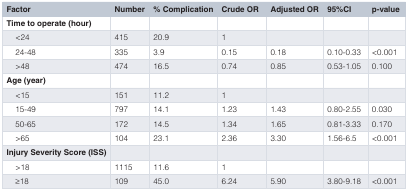
| Factor | Number | % Complication | Crude OR | Adjusted OR | 95%CI | p-value |
 | --- | --- | --- | --- | --- | --- | --- |
 | Time to operate (hour) |  |  |  |  |  |  |
 | <24 | 415 | 20.9 | 1 |  |  |  |
 | 24-48 | 335 | 3.9 | 0.15 | 0.18 | 0.10-0.33 | <0.001 |
 | >48 | 474 | 16.5 | 0.74 | 0.85 | 0.53-1.05 | 0.100 |
 | Age (year) |  |  |  |  |  |  |
 | <15 | 151 | 11.2 | 1 |  |  |  |
 | 15-49 | 797 | 14.1 | 1.23 | 1.43 | 0.80-2.55 | 0.030 |
 | 50-65 | 172 | 14.5 | 1.34 | 1.65 | 0.81-3.33 | 0.170 |
 | >65 | 104 | 23.1 | 2.36 | 3.30 | 1.56-6.5 | <0.001 |
 | Injury Severity Score (ISS) |  |  |  |  |  |  |
 | >18 | 1115 | 11.6 | 1 |  |  |  |
 | ≥18 | 109 | 45.0 | 6.24 | 5.90 | 3.80-9.18 | <0.001 |